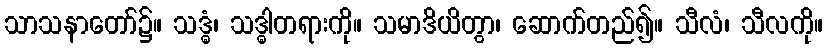
သာသနာတော်၌။ သဒ္ဓံ၊ သဒ္ဓါတရားကို။ သမာဒိယိတွာ၊ ဆောက်တည်၍။ သီလံ၊ သီလကို။